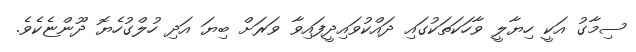
ސިމާގު އަކީ ހިޔާލީ ވާހަކަތަކުގައި ދައްކުވައިދީފައިވާ ވަރަށް ބިޔަ އަދި ހުލްގުހެޔޮ ދޫންޏެކެވެ.